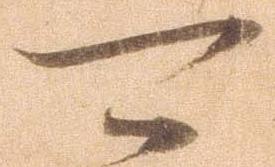
可